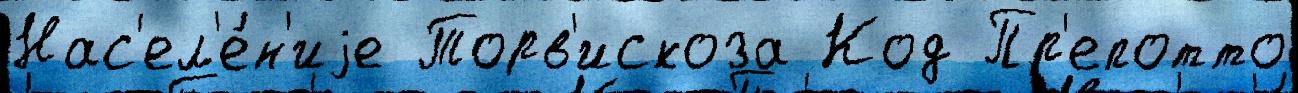
Нас'ел'е́н'иjе Торв'искоза Код Пр'епотто